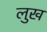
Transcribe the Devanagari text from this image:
लुख